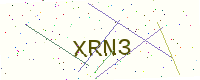
Text: XRN3